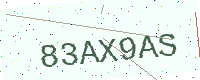
Text: 83AX9AS